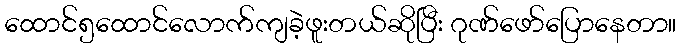
ထောင်၅ထောင်လောက်ကျခဲ့ဖူးတယ်ဆိုပြီး ဂုဏ်ဖော်ပြောနေတာ။